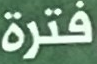
فترة